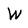
Character: W